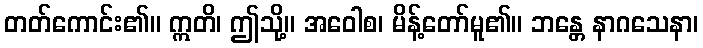
တတ်ကောင်း၏။ ဣတိ၊ ဤသို့။ အဝေါစ၊ မိန့်တော်မူ၏။ ဘန္တေ နာဂသေနာ၊